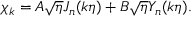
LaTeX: \chi _ { k } = A \sqrt { \eta } J _ { n } ( k \eta ) + B \sqrt { \eta } Y _ { n } ( k \eta ) .